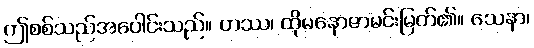
ဤစစ်သည်အပေါင်းသည်။ တဿ၊ ထိုမနောဇာမင်းမြတ်၏။ သေနာ၊